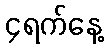
၄ရက်နေ့